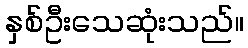
နှစ်ဦးသေဆုံးသည်။